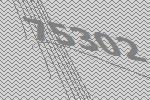
75302